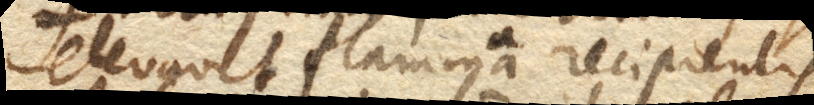
elevavit flamma a. recipientis